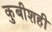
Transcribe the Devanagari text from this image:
कुबीशही